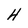
Character: H